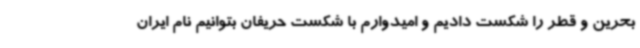
بحرین و قطر را شکست دادیم و امیدوارم با شکست حریفان بتوانیم نام ایران